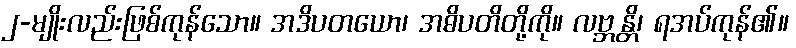
၂-မျိုးလည်းဖြစ်ကုန်သော။ အဒိပတယော၊ အဓိပတိတို့ကို။ လဗ္ဘန္တိ၊ ရအပ်ကုန်၏။